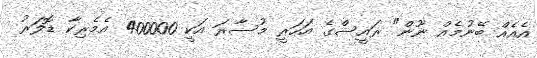
އެއެއް ބޭނުމެއް ނޫން" ރައީސްގެ އަހަރީ މުސާރަ އަކީ 400000 އެމެރިކާ ޑޮލަރު